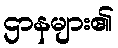
ဌာနများ၏